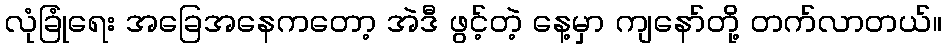
လုံခြုံရေး အခြေအနေကတော့ အဲဒီ ဖွင့်တဲ့ နေ့မှာ ကျနော်တို့ တက်လာတယ်။